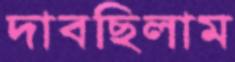
দাবছিলাম